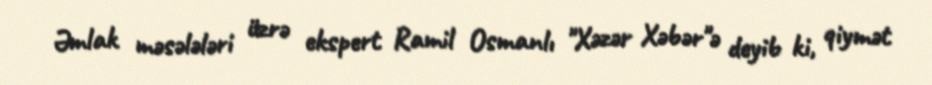
Əmlak məsələləri üzrə ekspert Ramil Osmanlı "Xəzər Xəbər"ə deyib ki, qiymət